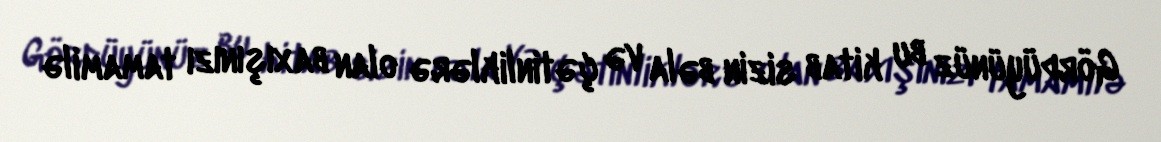
Gördüyünüz bu kitab sizin bəla və çətinliklərə olan baxışınızı tamamilə